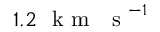
1 . 2 ~ \mathrm { ~ k ~ m ~ ~ ~ s ~ } ^ { - 1 }